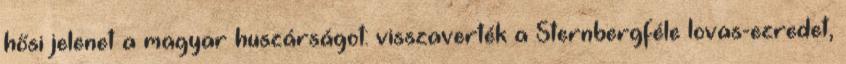
hősi jelenet a magyar huszárságot: visszaverték a Sternbergféle lovas-ezredet,